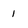
Character: 1